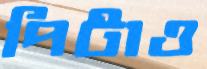
পিটাও